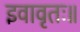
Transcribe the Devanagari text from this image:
इवावृतः॥